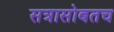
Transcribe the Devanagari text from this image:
सत्रासोबतच